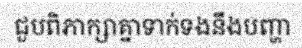
ជួបពិភាក្សាគ្នាទាក់ទងនឹងបញ្ហា